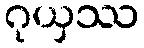
ဂုယှဿ